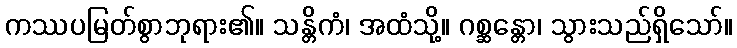
ကဿပမြတ်စွာဘုရား၏။ သန္တိကံ၊ အထံသို့။ ဂစ္ဆန္တော၊ သွားသည်ရှိသော်။